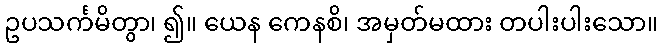
ဥပသင်္ကမိတွာ၊ ၍။ ယေန ကေနစိ၊ အမှတ်မထား တပါးပါးသော။